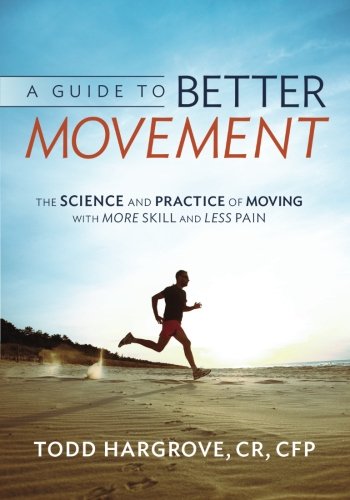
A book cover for A Guide to Better Movement: The Science and Practice of Moving With More Skill And Less Pain; Todd R. Hargrove; Medical Books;